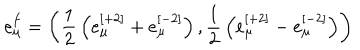
LaTeX: e _ { \mu } ^ { f } = \left( { \frac { 1 } { 2 } } \left( e _ { \mu } ^ { [ + 2 ] } + e _ { \mu } ^ { [ - 2 ] } \right) , { \frac { 1 } { 2 } } \left( e _ { \mu } ^ { [ + 2 ] } - e _ { \mu } ^ { [ - 2 ] } \right) \right)